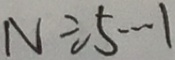
N \div 5 \cdots 1